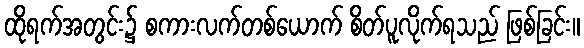
ထိုရက်အတွင်း၌ စကားလက်တစ်ယောက် စိတ်ပူလိုက်ရသည် ဖြစ်ခြင်း။